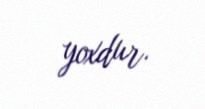
yoxdur.